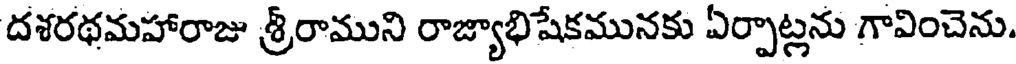
దశరథమహారాజు శ్రీరాముని రాజ్యాభిషేకమునకు ఏర్పాట్లను గావించెను.